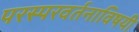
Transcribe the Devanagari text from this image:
परस्परवर्तनाविषयी